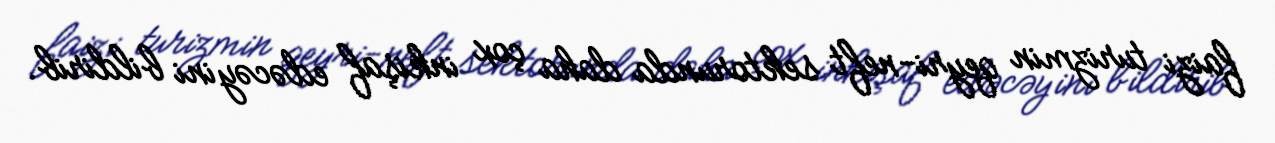
faizi turizmin qeyri-neft sektorunda daha çox inkişaf edəcəyini bildirib.